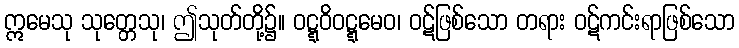
ဣမေသု သုတ္တေသု၊ ဤသုတ်တို့၌။ ဝဋ္ဋဝိဝဋ္ဋမေဝ၊ ဝဋ်ဖြစ်သော တရား ဝဋ်ကင်းရာဖြစ်သော